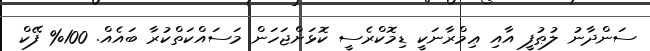
ސަންދާނު ލުޠުފީ އާއި ޢިމްރާނަކީ ޑިމޮކްރެސީ ކޮޅަށްޖަހަން މަސައްކަތްކުރާ ބައެއް. 100% ފޭކް